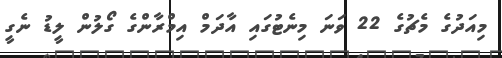
މިއަދުގެ މެޗުގެ 22 ވަނަ މިނެޓުގައި އާދަމް އިމްރާންގެ ގޯލުން ލީޑު ނެގީ